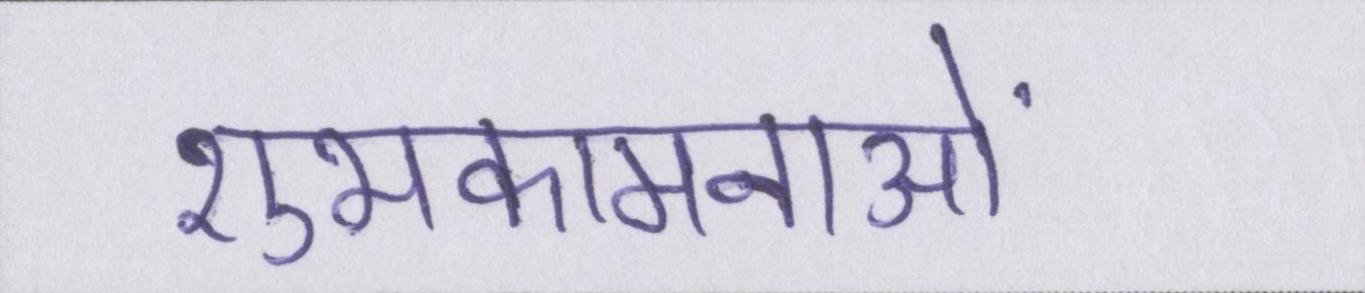
शुभकामनाओं